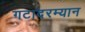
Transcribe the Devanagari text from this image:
गटादरम्यान